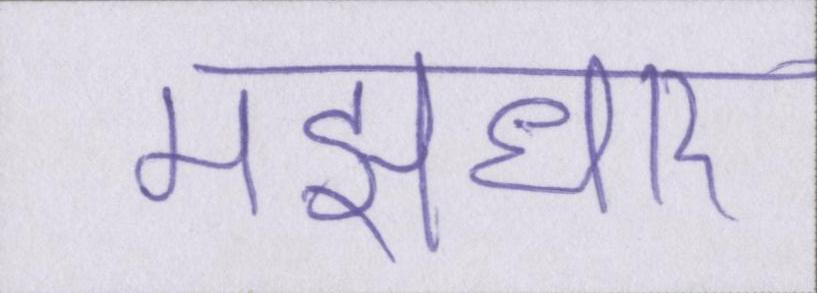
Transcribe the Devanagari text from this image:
मझधार